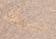
ديريك